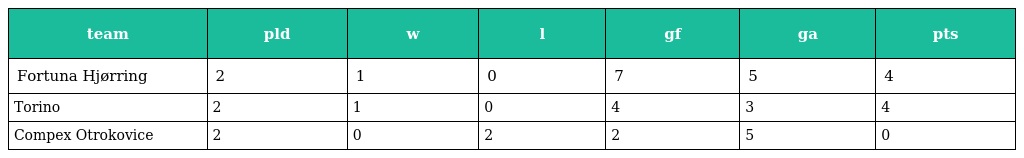
| team | pld | w | l | gf | ga | pts |
 | --- | --- | --- | --- | --- | --- | --- |
 | Fortuna Hjørring | 2 | 1 | 0 | 7 | 5 | 4 |
 | Torino | 2 | 1 | 0 | 4 | 3 | 4 |
 | Compex Otrokovice | 2 | 0 | 2 | 2 | 5 | 0 |